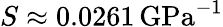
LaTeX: S\approx 0.0261\, \mathrm{{GPa}^{-1}}